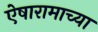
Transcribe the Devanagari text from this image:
ऐषारामाच्या